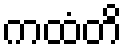
ကထံတိ